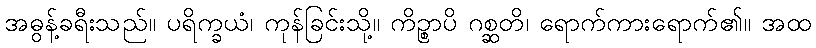
အဓွန့်ခရီးသည်။ ပရိက္ခယံ၊ ကုန်ခြင်းသို့။ ကိဉ္စာပိ ဂစ္ဆတိ၊ ရောက်ကားရောက်၏။ အထ